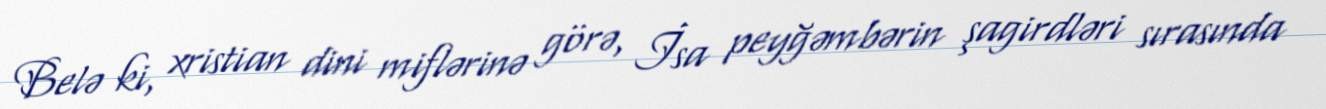
Belə ki, xristian dini miflərinə görə, İsa peyğəmbərin şagirdləri sırasında